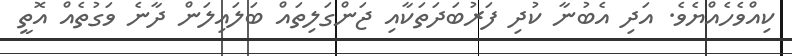
ކިއްވެހެއްޔެވެ. އަދި އެބުނާ ކުދި ފަރުބަދަތަކާއި ޖަންގަލިތައް ބަލައިލަން ދާނެ ވަގުތެއް އޮތީ